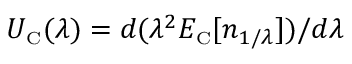
U _ { \scriptscriptstyle \mathrm { C } } ( \lambda ) = d ( \lambda ^ { 2 } E _ { \scriptscriptstyle \mathrm { C } } [ n _ { 1 / \lambda } ] ) / d \lambda